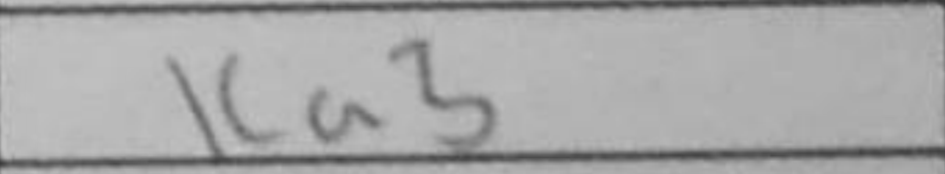
Transcription: Ka3